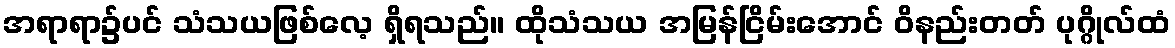
အရာရာ၌ပင် သံသယဖြစ်လေ့ ရှိရသည်။ ထိုသံသယ အမြန်ငြိမ်းအောင် ဝိနည်းတတ် ပုဂ္ဂိုလ်ထံ